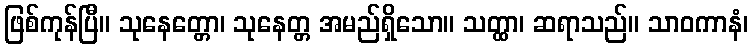
ဖြစ်ကုန်ပြီ။ သုနေတ္တော၊ သုနေတ္တ အမည်ရှိသော။ သတ္ထာ၊ ဆရာသည်။ သာဝကာနံ၊